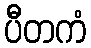
ပီတကံ